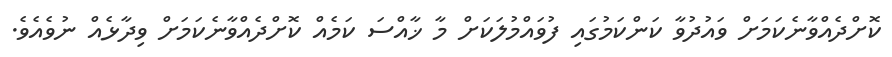
ކޮށްދެއްވާނެކަމަށް ވައުދުވާ ކަންކަމުގައި ފުވައްމުލަކަށް މާ ޚާއްސަ ކަމެއް ކޮށްދެއްވާނެކަމަށް ވިދާޅެއް ނުވެއެވެ.